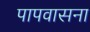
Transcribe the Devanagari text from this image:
पापवासना